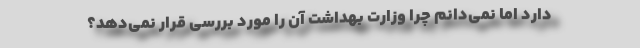
دارد اما نمی‌دانم چرا وزارت بهداشت آن را مورد بررسی قرار نمی‌دهد؟